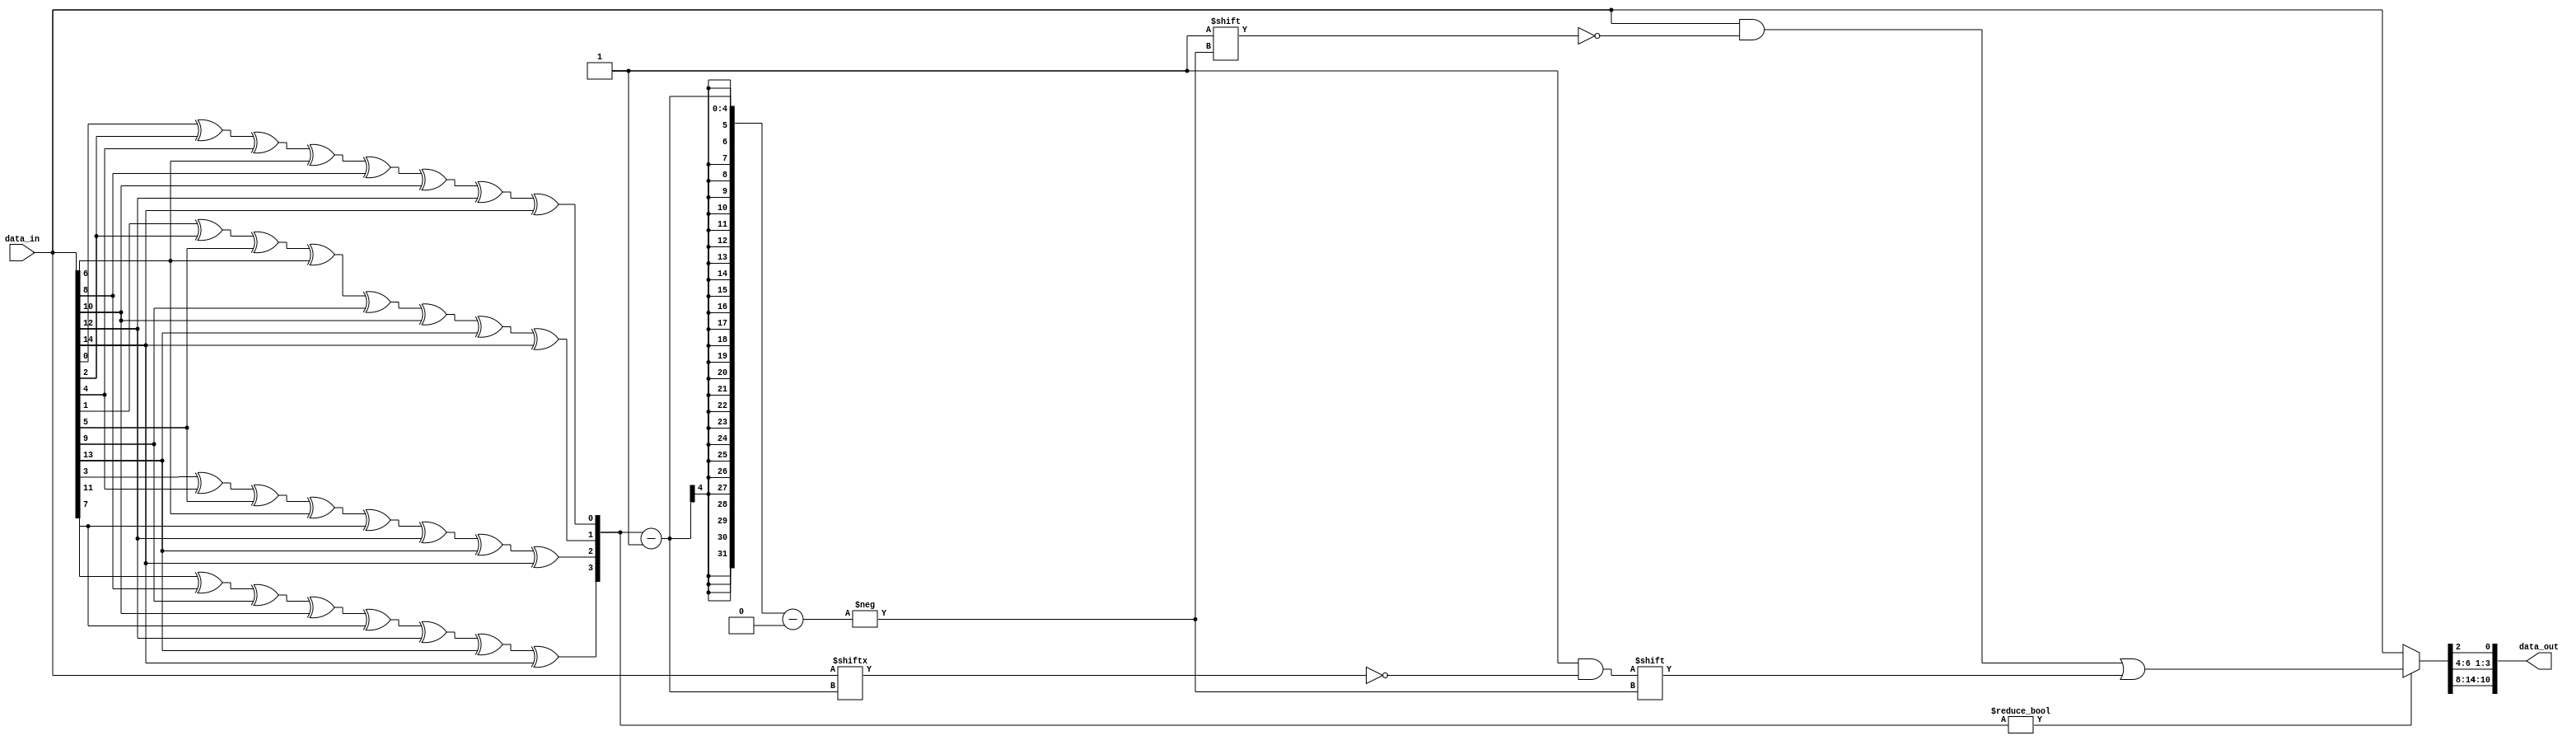
module Decoder_bo(data_in,data_out);

  input [14:0] data_in;
  output reg [10:0] data_out;
  
  reg [3:0] parity_bits;
  reg [14:0] new_bits;
  
  always @(*)
    begin 
      parity_bits[0]=data_in[0]^data_in[2]^data_in[4]^data_in[6]^data_in[8]^data_in[10]^data_in[12]^data_in[14];
      parity_bits[1]=data_in[1]^data_in[2]^data_in[5]^data_in[6]^data_in[9]^data_in[10]^data_in[13]^data_in[14];
      parity_bits[2]=data_in[3]^data_in[4]^data_in[5]^data_in[6]^data_in[11]^data_in[12]^data_in[13]^data_in[14];
	  parity_bits[3]=data_in[7]^data_in[8]^data_in[9]^data_in[10]^data_in[11]^data_in[12]^data_in[13]^data_in[14];
      
      new_bits=data_in;
      if(parity_bits)
    	new_bits[parity_bits-1]=~data_in[parity_bits-1];
    end
  
  always @(new_bits)
    begin
      data_out[0]=new_bits[2];
      data_out[1]=new_bits[4];
      data_out[2]=new_bits[5];
      data_out[3]=new_bits[6];
	  data_out[4]=new_bits[8];
	  data_out[5]=new_bits[9];
	  data_out[6]=new_bits[10];
	  data_out[7]=new_bits[11];
	  data_out[8]=new_bits[12];
	  data_out[9]=new_bits[13];
	  data_out[10]=new_bits[14];
	  
    end
endmodule